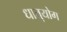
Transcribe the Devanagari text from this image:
धातुयोग